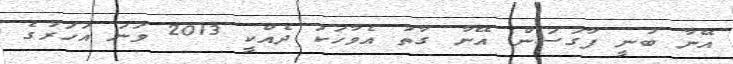
އޭނާ ބުނީ ފާގަސަން އޭނާ ގާތު އެވާހަކަ ދެއްކީ 2013 ވަނަ އަހަރުގެ